65_HS1-834228961_62-HQ-83894_Section_1
Agency: FBI
Page 114
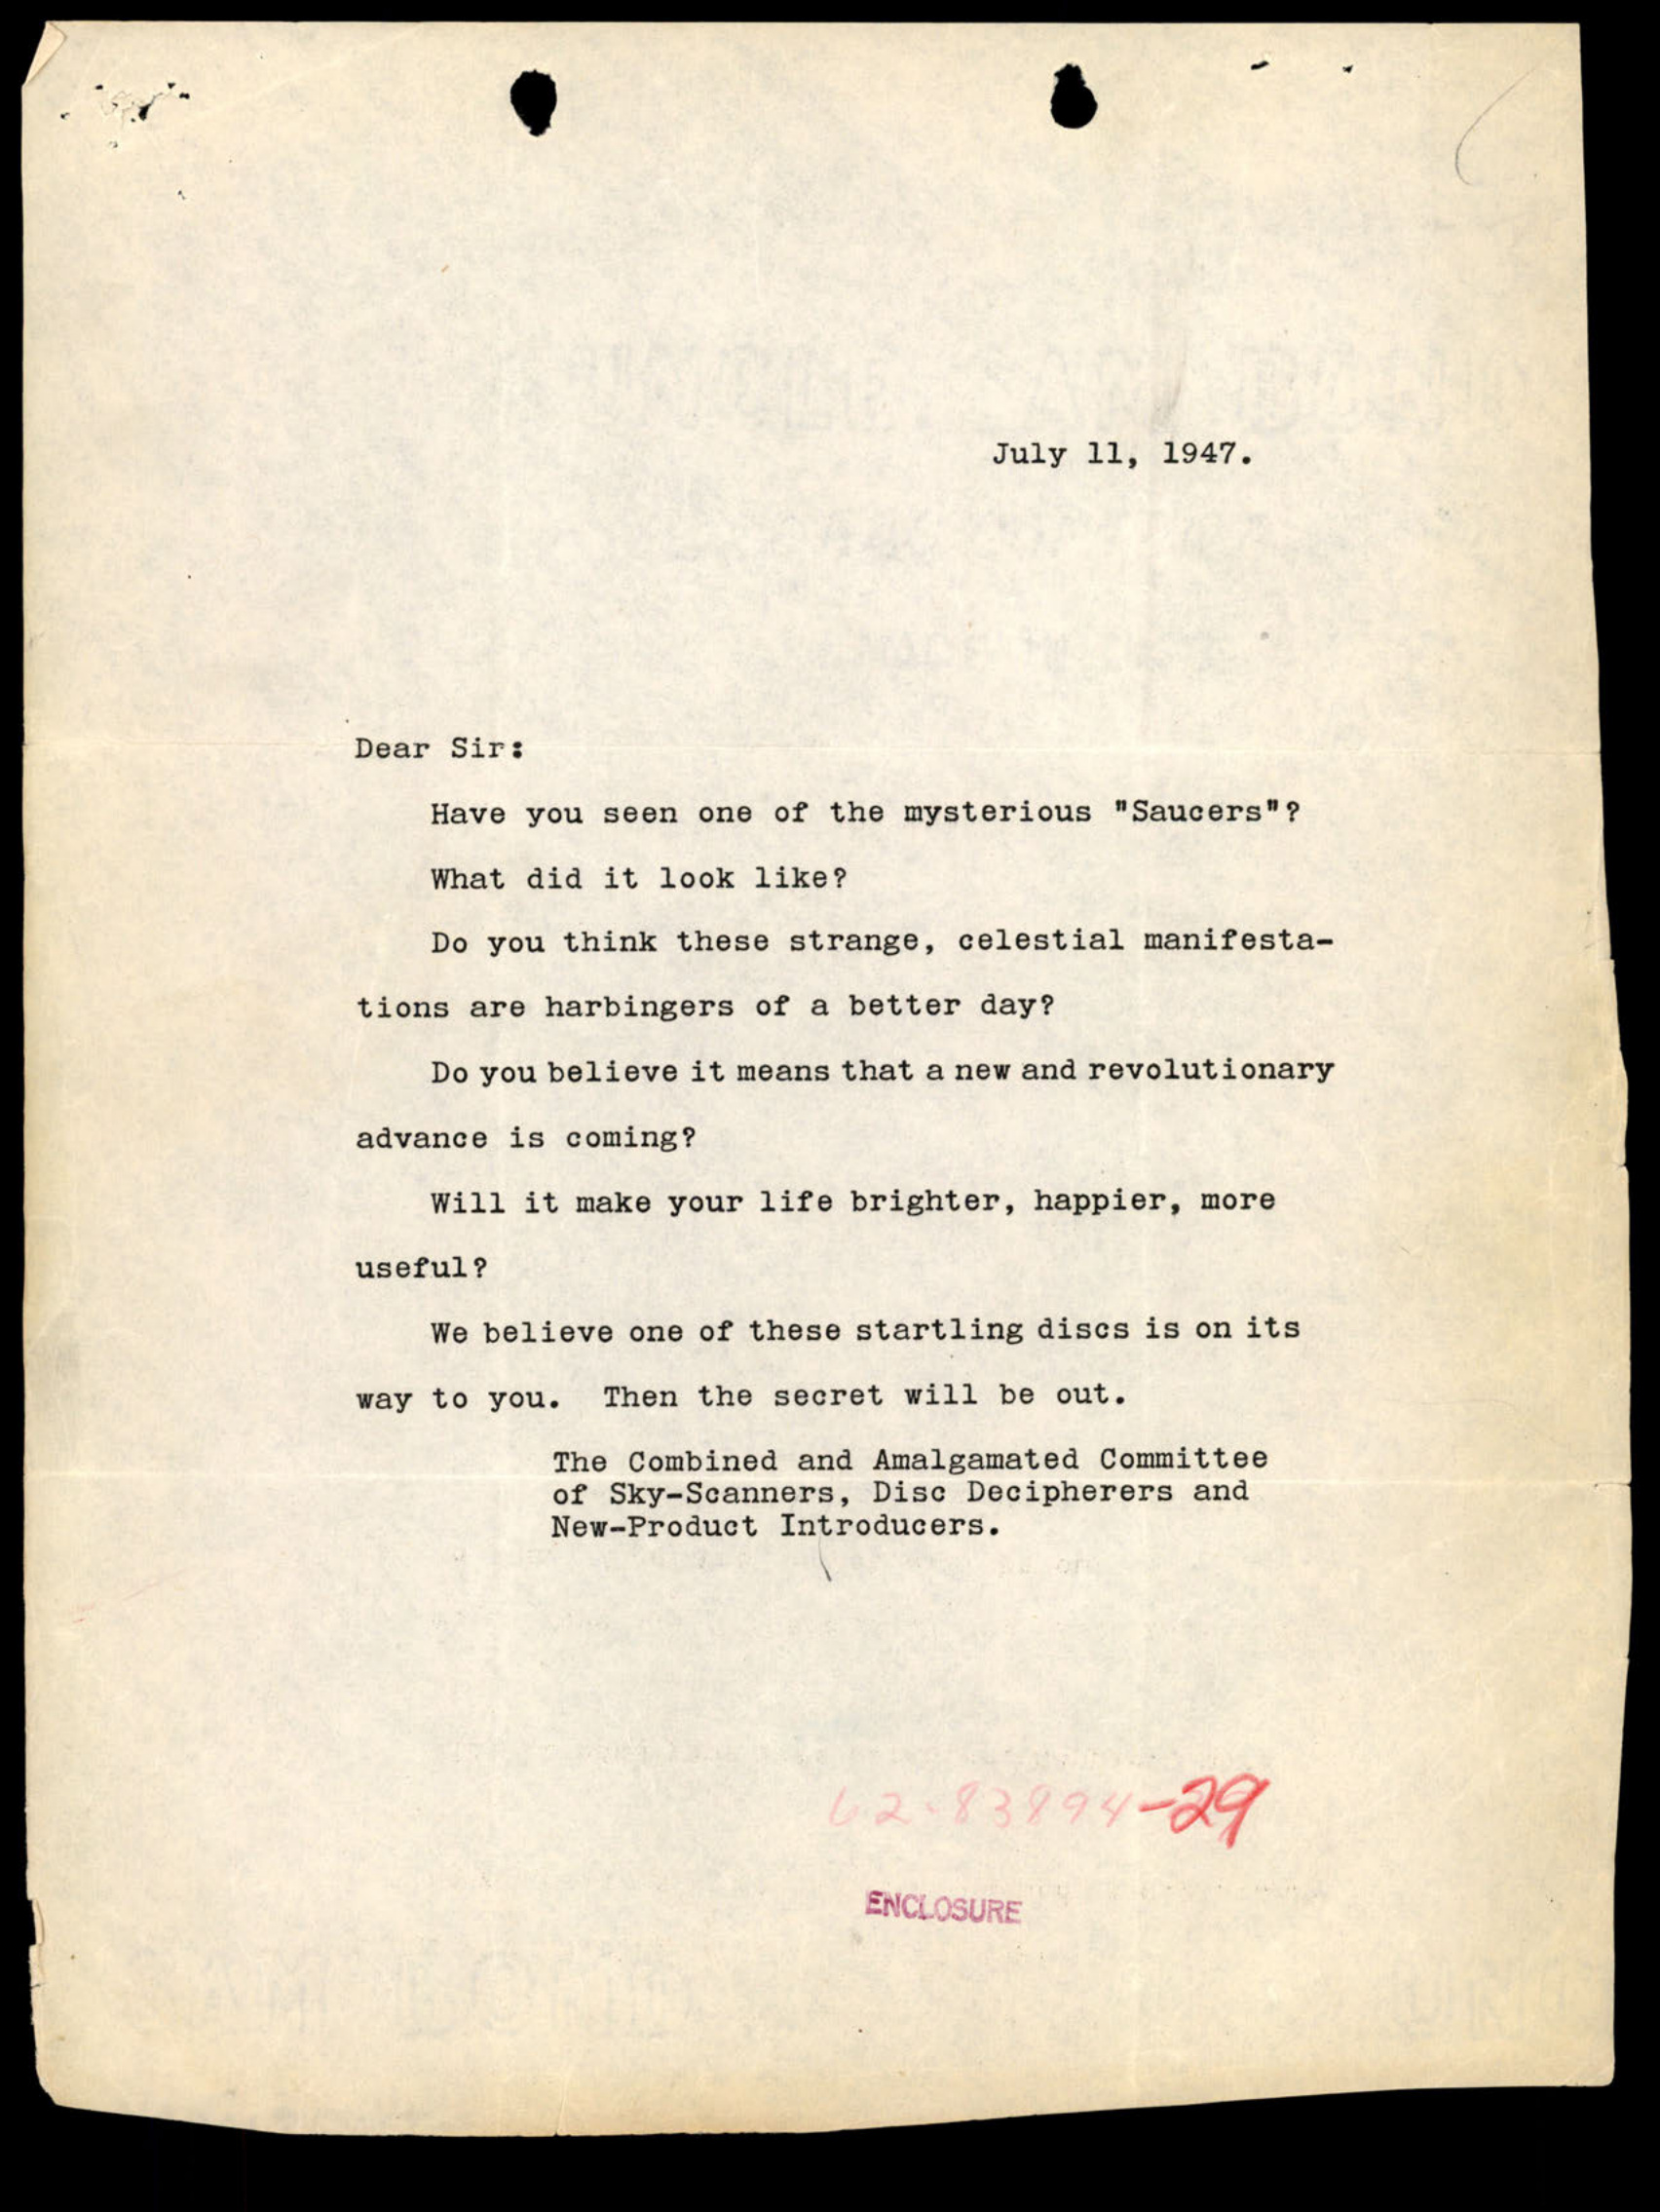